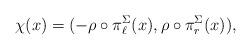
LaTeX: \begin{align*} \chi(x) = (-\rho \circ \pi_{\ell}^{\Sigma} (x), \rho \circ \pi_r^{\Sigma} (x)), \end{align*}